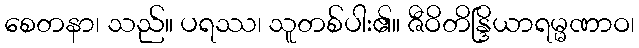
စေတနာ၊ သည်။ ပရဿ၊ သူတစ်ပါး၏။ ဇီဝိတိန္ဒြိယာရမ္မဏာဝ၊